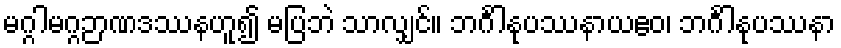
မဂ္ဂါမဂ္ဂဉာဏဒဿနဟူ၍ မပြဘဲ သာလျှင်။ ဘင်္ဂါနုပဿနာယဧဝ၊ ဘင်္ဂါနုပဿနာ